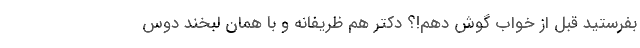
بفرستید قبل از خواب گوش دهم!؟ دکتر هم ظریفانه و با همان لبخند دوس